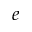
e